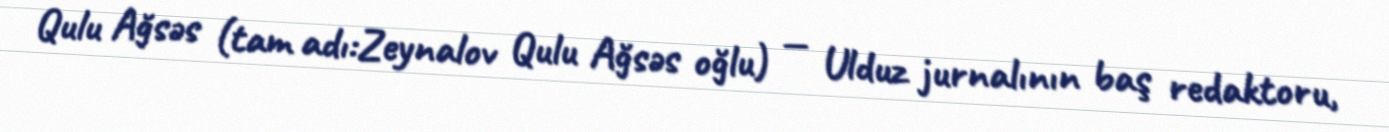
Qulu Ağsəs (tam adı:Zeynalov Qulu Ağsəs oğlu) — Ulduz jurnalının baş redaktoru,